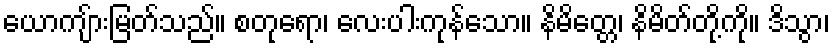
ယောကျ်ားမြတ်သည်။ စတုရော၊ လေးပါးကုန်သော။ နိမိတ္တေ၊ နိမိတ်တို့ကို။ ဒိသွာ၊